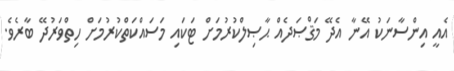
އެއީ އިންސާނަކު އޭނާ އެދޭ މަޤްޞަދެއް ޙާޞިލްކުރުމަށް ޓަކައި މަސައްކަތްކުރުމަށް ހިތްވަރުދޭ ބާރެވެ.